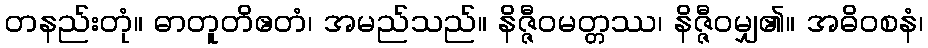
တနည်းတုံ။ ဓာတူတိဧတံ၊ အမည်သည်။ နိဇ္ဇီဝမတ္တဿ၊ နိဇ္ဇီဝမျှ၏။ အဓိဝစနံ၊